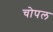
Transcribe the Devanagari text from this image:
चोपल